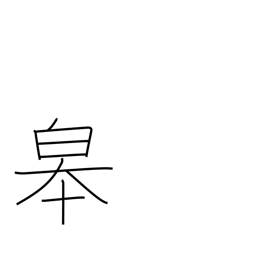
Meaning: the high land along a river